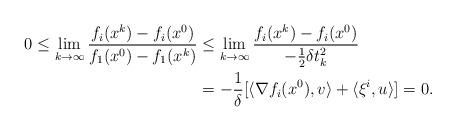
LaTeX: \begin{align*}0\leq \lim_{k\to\infty}\dfrac{f_i(x^k)-f_i(x^0)}{f_1(x^0)- f_1(x^k)}&\leq \lim_{k\to\infty}\dfrac{f_i(x^k)-f_i(x^0)}{-\frac12\delta t^2_k}\\&=-\frac{1}{\delta}[\langle\nabla f_i(x^0), v\rangle+\langle\xi^i, u\rangle]=0. \end{align*}